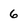
Character: 6